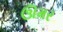
ઊમર